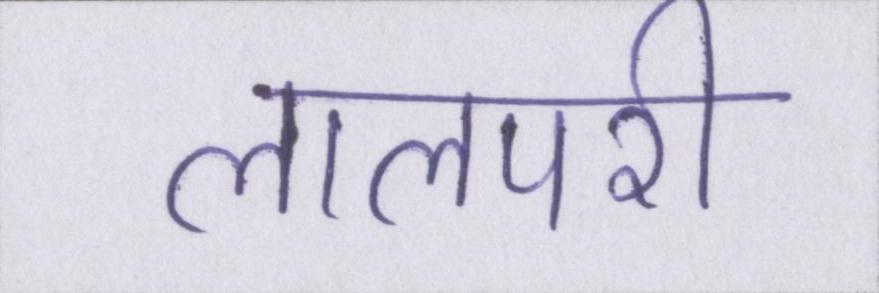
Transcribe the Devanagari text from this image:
लालपरी